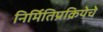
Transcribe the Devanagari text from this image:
निर्मितिप्रक्रियेचे